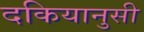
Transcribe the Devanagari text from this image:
दकियानुसी